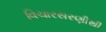
વિચારસરણીથી